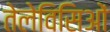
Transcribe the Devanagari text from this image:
तेलेविसिओं